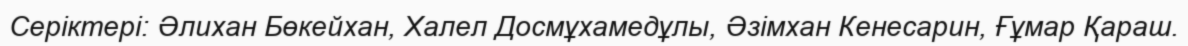
Серіктері: Әлихан Бөкейхан, Халел Досмұхамедұлы, Әзімхан Кенесарин, Ғұмар Қараш.